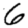
Digit: 6